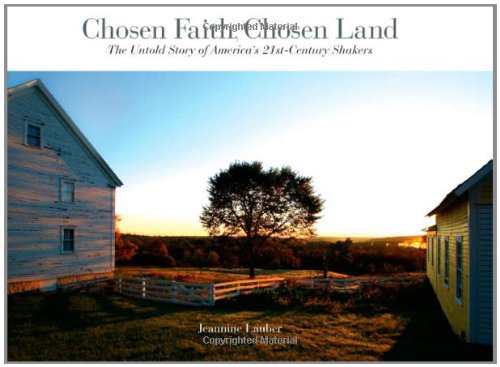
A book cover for Chosen Faith, Chosen Land: The Untold Story of America's 21st Century Shakers; Jeannine Lauber; Christian Books & Bibles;